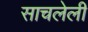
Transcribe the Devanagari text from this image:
साचलेली